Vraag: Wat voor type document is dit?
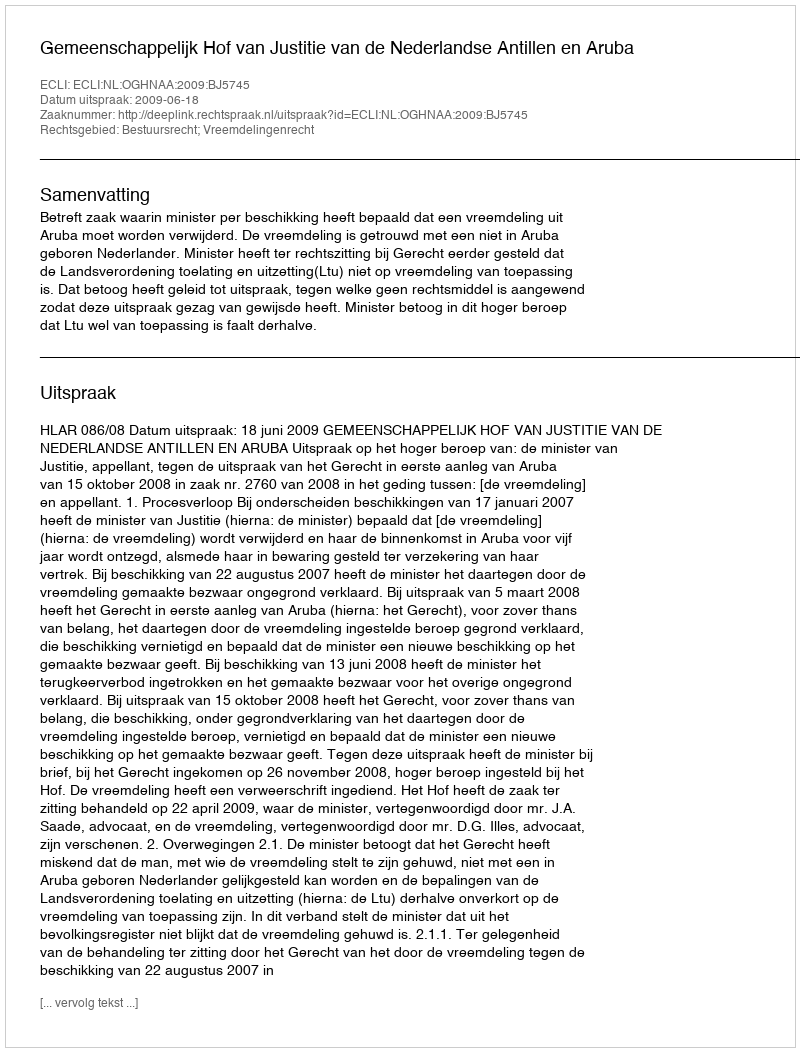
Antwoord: Uitspraak